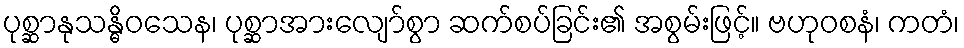
ပုစ္ဆာနုသန္ဓိဝသေန၊ ပုစ္ဆာအားလျော်စွာ ဆက်စပ်ခြင်း၏ အစွမ်းဖြင့်။ ဗဟုဝစနံ၊ ကတံ၊